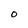
Character: O